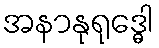
အနာနုရုဒ္ဓေါ